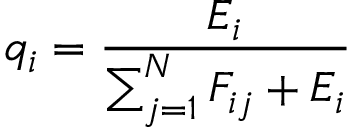
q _ { i } = \frac { E _ { i } } { \sum _ { j = 1 } ^ { N } F _ { i j } + E _ { i } }